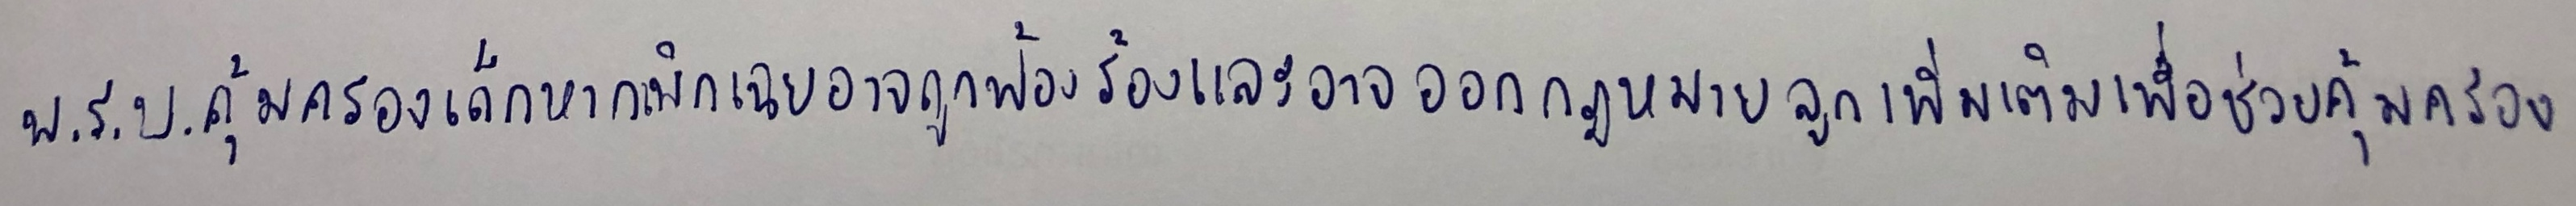
พ.ร.บ.คุ้มครองเด็กหากเพิกเฉยอาจถูกฟ้องร้องและอาจออกกฎหมายลูกเพิ่มเติมเพื่อช่วยคุ้มครอง